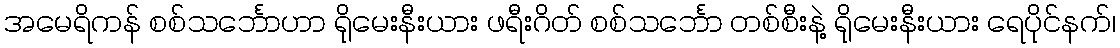
အမေရိကန် စစ်သင်္ဘောဟာ ရိုမေးနီးယား ဖရီးဂိတ် စစ်သင်္ဘော တစ်စီးနဲ့ ရိုမေးနီးယား ရေပိုင်နက်၊